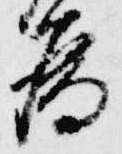
為